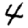
Digit: 4